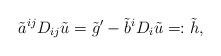
LaTeX: \begin{align*}\tilde a^{ij} D_{ij} \tilde u=\tilde g'-\tilde b^iD_i\tilde u=:\tilde h,\end{align*}